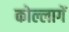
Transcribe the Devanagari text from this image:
कोल्लागें